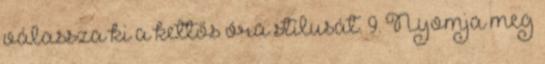
válassza ki a kettős óra stílusát. 9. Nyomja meg